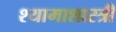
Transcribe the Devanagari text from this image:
श्यामाशास्त्री